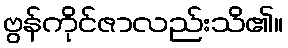
ဗွန်ကိုင်ဇာလည်းသိ၏။